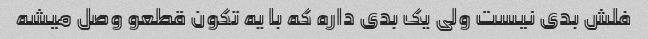
فلش بدی نیست ولی یک بدی داره که با یه تکون قطعو وصل میشه